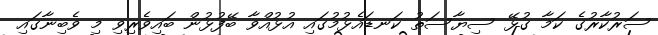
ސަރުކާރުގެ ކަމާ ގުޅޭ ސިޔާސަތު ކަނޑައެޅުމުގައި އުޅުއްވާ ބޭފުޅުން ބައިވެރިވި މި ވެބިނާގައި